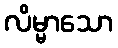
လိမ္မာသော